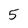
Character: 5